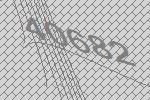
40682